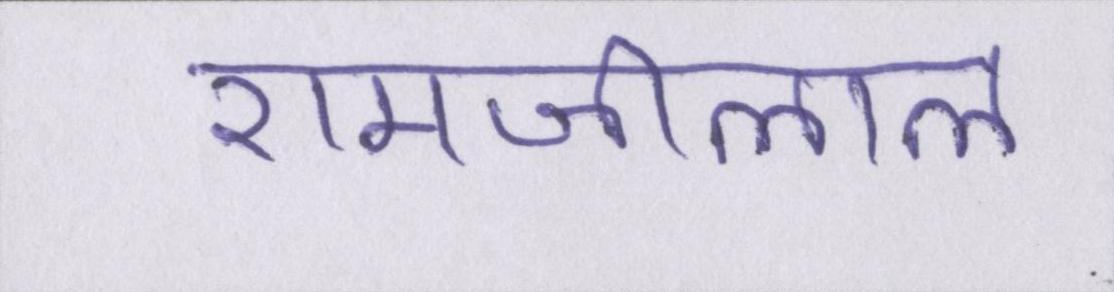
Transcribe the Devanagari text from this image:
रामजीलाल